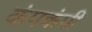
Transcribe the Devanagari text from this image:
कंपकंपीं